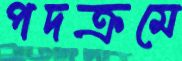
পদক্রমে